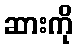
ဆားကို